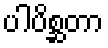
ပါပိစ္ဆတာ